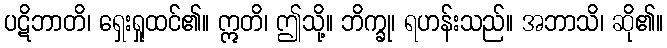
ပဋိဘာတိ၊ ရှေးရှုထင်၏။ ဣတိ၊ ဤသို့။ ဘိက္ခု၊ ရဟန်းသည်။ အဘာသိ၊ ဆို၏။